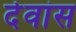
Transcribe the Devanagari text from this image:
देवांस